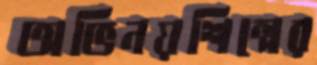
অভিনয়শিল্পের